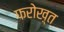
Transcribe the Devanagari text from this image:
फरोख़्त